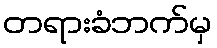
တရားခံဘက်မှ